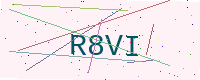
Text: R8VI